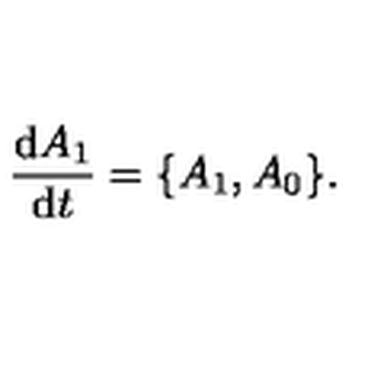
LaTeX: \frac { \mathrm { d } A _ { 1 } } { \mathrm { d } t } = \{ A _ { 1 } , A _ { 0 } \} .